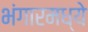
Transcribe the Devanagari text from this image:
भंगारमध्ये